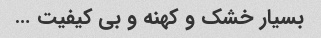
بسیار خشک و کهنه و بی کیفیت …